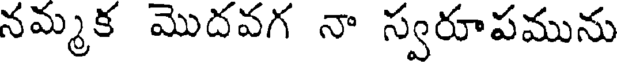
నమ్మక మొదవగ నా స్వరూపమును